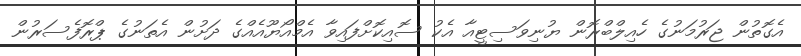
އެގޮތުން ޖަރުމަނުގެ ހެއިލްބްރޮން ޔުނިވަސިޓީއާ އެކު ސޮއިކޮށްފައިވާ އެމްއޯޔޫއެއްގެ ދަށުން އެތަނުގެ ޕްރޮފެސަރުން